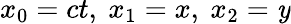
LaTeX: x_{0}=ct,\ x_{1}=x,\ x_{2}=\mathit{y}